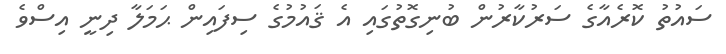
ސައުތު ކޮރެއާގެ ސަރުކާރުން ބުނިގޮތުގައި އެ ޤައުމުގެ ސިފައިން ޙަމަލާ ދިނީ އިސްވެ